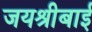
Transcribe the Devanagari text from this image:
जयश्रीबाई